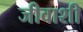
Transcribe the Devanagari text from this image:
जीवाशी